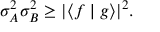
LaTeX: \sigma _ { A } ^ { 2 } \sigma _ { B } ^ { 2 } \geq | \langle f \mid g \rangle | ^ { 2 } .